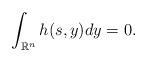
LaTeX: \begin{align*}\int_{\mathbb{R}^n} h(s,y) dy = 0.\end{align*}